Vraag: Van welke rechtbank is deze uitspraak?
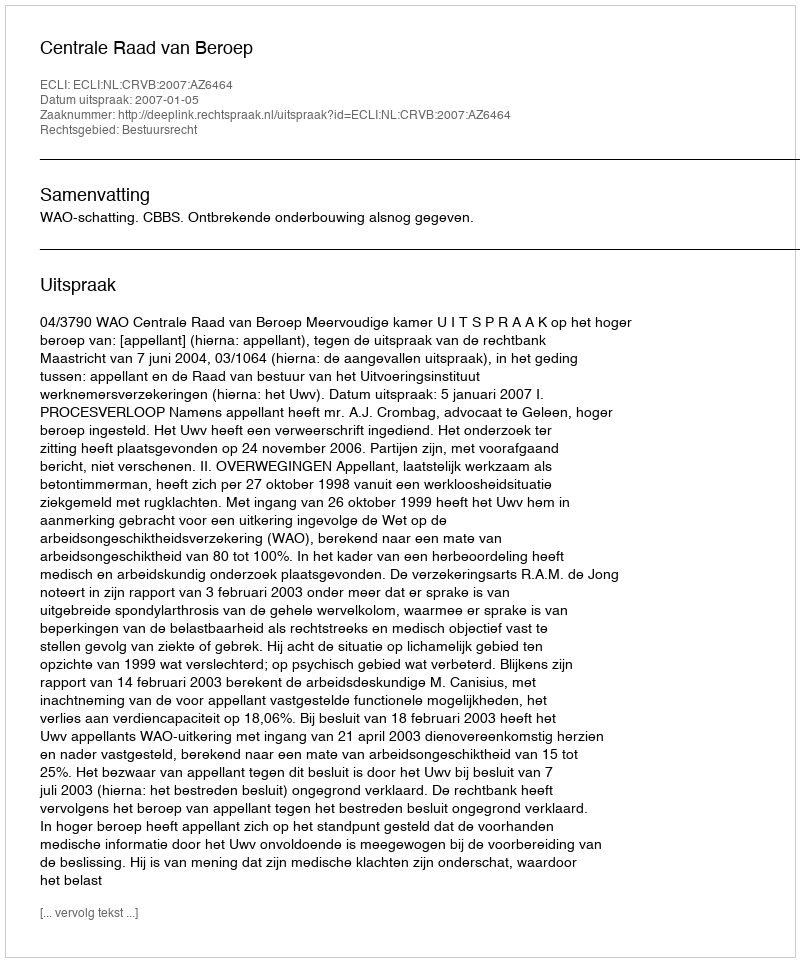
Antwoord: Centrale Raad van Beroep